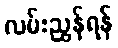
လမ်းညွှန်ရန်